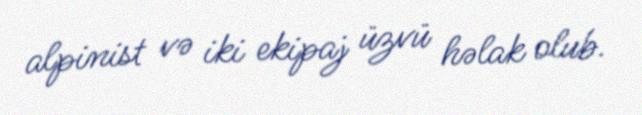
alpinist və iki ekipaj üzvü həlak olub.